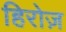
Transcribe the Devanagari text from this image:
हिरोज़